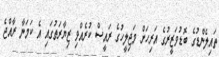
ތައިލެންޑުގެ ބޮޑުވަޒީރުގެ އަރިހަށް މަޖިލީހުގެ ރައީސް ކުރެއްވި ޒިޔާރަތުގައި އެ ކަމަނާ ރާއްޖެ